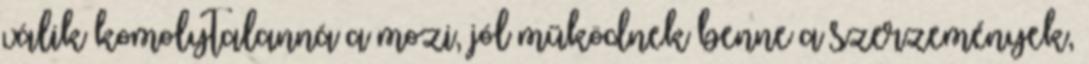
válik komolytalanná a mozi, jól működnek benne a szerzemények,